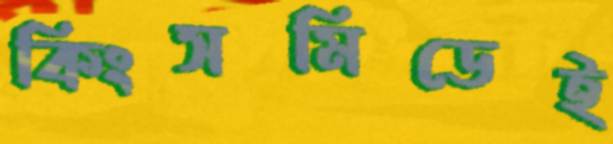
কিংসমিডেই